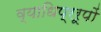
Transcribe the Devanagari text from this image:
व्याधिप्ररूपों